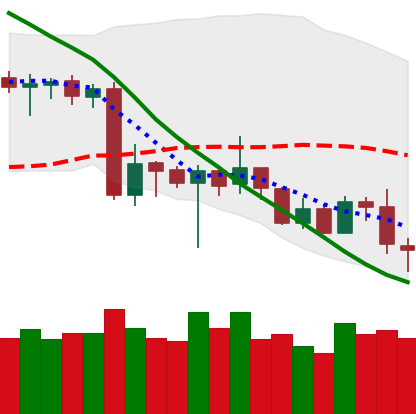
Ticker: XRP-USD
Chart end date: 2020-06-25
Forward return: -4.195%
Label: down_3_5